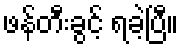
ဖန်တီးခွင့် ရခဲ့ပြီ။